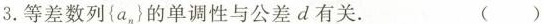
3.等差数列{a_{n}}的单调性与公差d有关。 ()